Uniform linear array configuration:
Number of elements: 64
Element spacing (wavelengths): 0.75
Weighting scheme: binomial
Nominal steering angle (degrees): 45
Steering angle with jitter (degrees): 46.255
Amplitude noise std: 0.05
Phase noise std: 0.05

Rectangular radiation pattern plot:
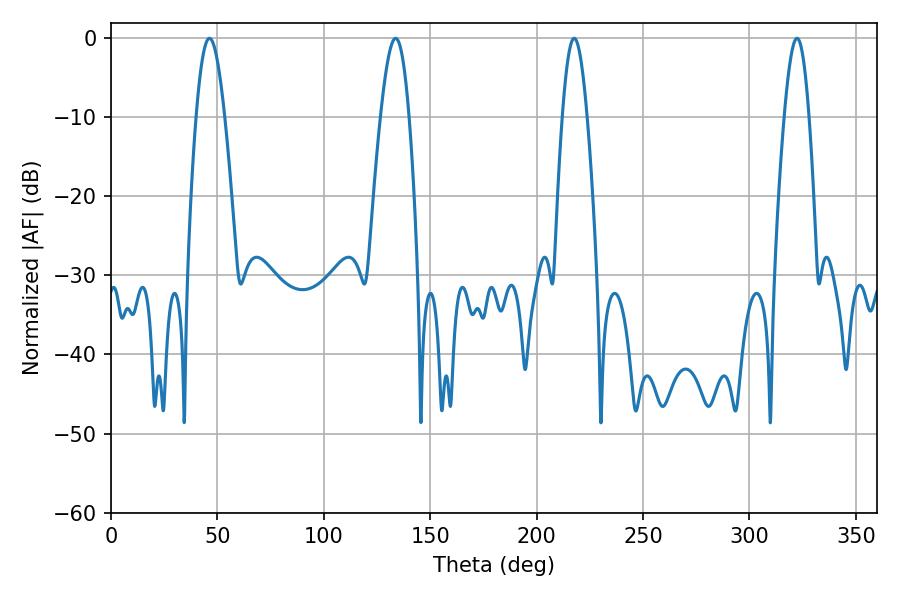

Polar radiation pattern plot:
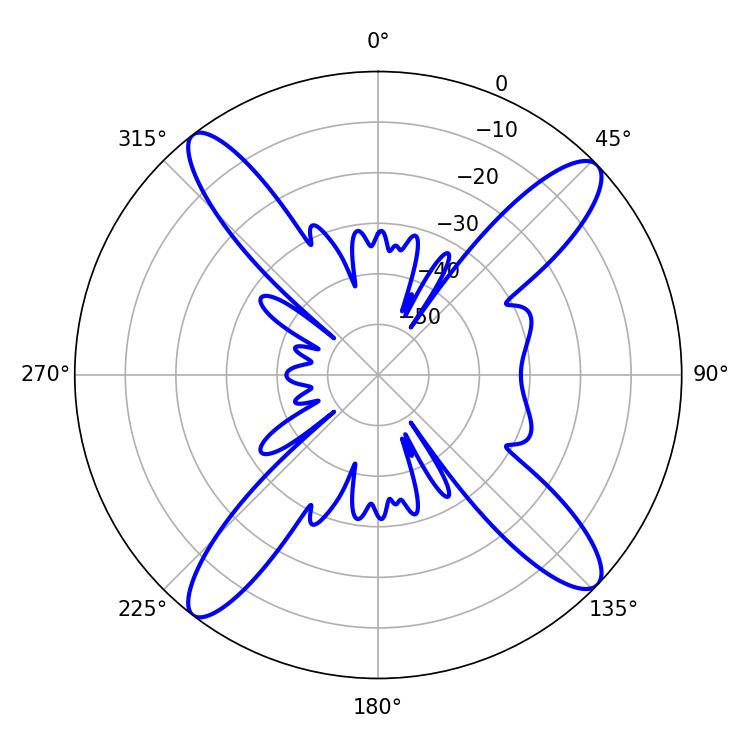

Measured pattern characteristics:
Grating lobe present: TRUE
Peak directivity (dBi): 15.71
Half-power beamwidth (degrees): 7.2
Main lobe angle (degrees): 46.26